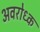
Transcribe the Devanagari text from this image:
अवरोध्क